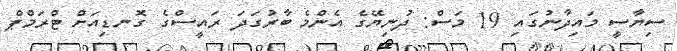
ސިޔާސީ މައިދާނުގައި 19 މަސް: ދުނިޔޭގެ އެންމެ ބާރުގަދަ ރައީސްގެ ގޮނޑިއަށް ޓްރަމްޕް